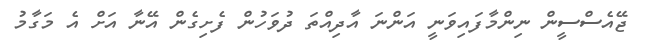
ޖޭއެސްސީން ނިންމާފައިވަނީ އަންނަ އާދިއްތަ ދުވަހުން ފެށިގެން އޭނާ އަށް އެ މަގާމު